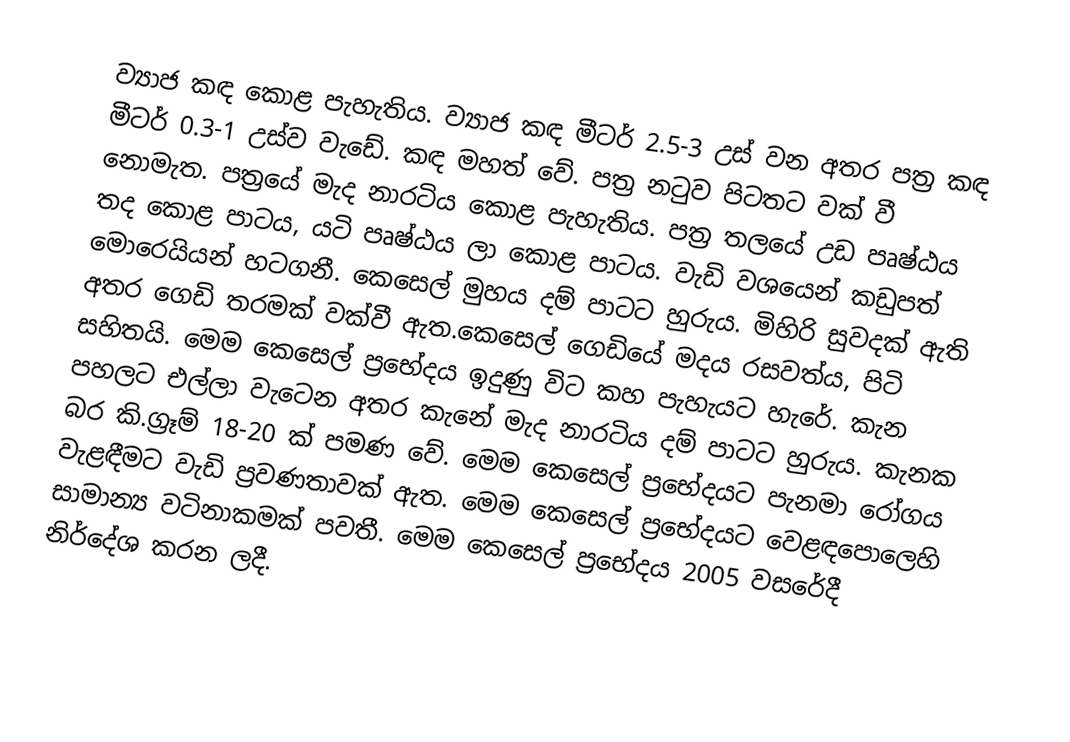
ව්‍යාජ කඳ කොළ පැහැතිය‍. ව්‍යාජ කඳ මීටර් 2.5-3 උස් වන අතර පත්‍ර කඳ මීටර් 0.3-1 උස්ව වැඩේ. කඳ මහත් වේ. පත්‍ර නටුව පිටතට වක් වී නොමැත. පත්‍රයේ මැද නාරටිය කොළ පැහැතිය‍. පත්‍ර තලයේ උඩ පෘෂ්ඨය තද කොළ පාටය, යටි පෘෂ්ඨය ලා කොළ පාටය. වැඩි වශ‌යෙන් කඩුපත් මො‌රෙයියන් හටගනී. කෙසෙල් මුහය දම් පාටට හුරුය. මිහිරි සුවදක් ඇති අතර ගෙඩි තරමක් වක්වී ඇත.කෙසෙල් ‌ගෙඩියේ මදය රසවත්ය, පිටි සහිතයි. මෙම කෙසෙල් ප්‍රභේදය ඉදුණු විට කහ පැහැයට හැරේ. කැන පහලට එල්ලා වැටෙන අතර කැනේ මැද නාරටිය දම් පාටට හුරුය. කැනක බර කි.ග්‍රෑම් 18-20 ක් පමණ වේ. මෙම කෙසෙල් ප්‍රභේදයට පැනමා රෝගය වැළඳීමට වැඩි ප්‍රවණතාවක් ඇත. මෙම කෙසෙල් ප්‍රභේදයට වෙළඳපොලෙහි සාමාන්‍ය වටිනාකමක් පවතී. මෙම කෙසෙල් ප්‍රභේදය 2005 වසරේදී නිර්දේශ කරන ලදී.